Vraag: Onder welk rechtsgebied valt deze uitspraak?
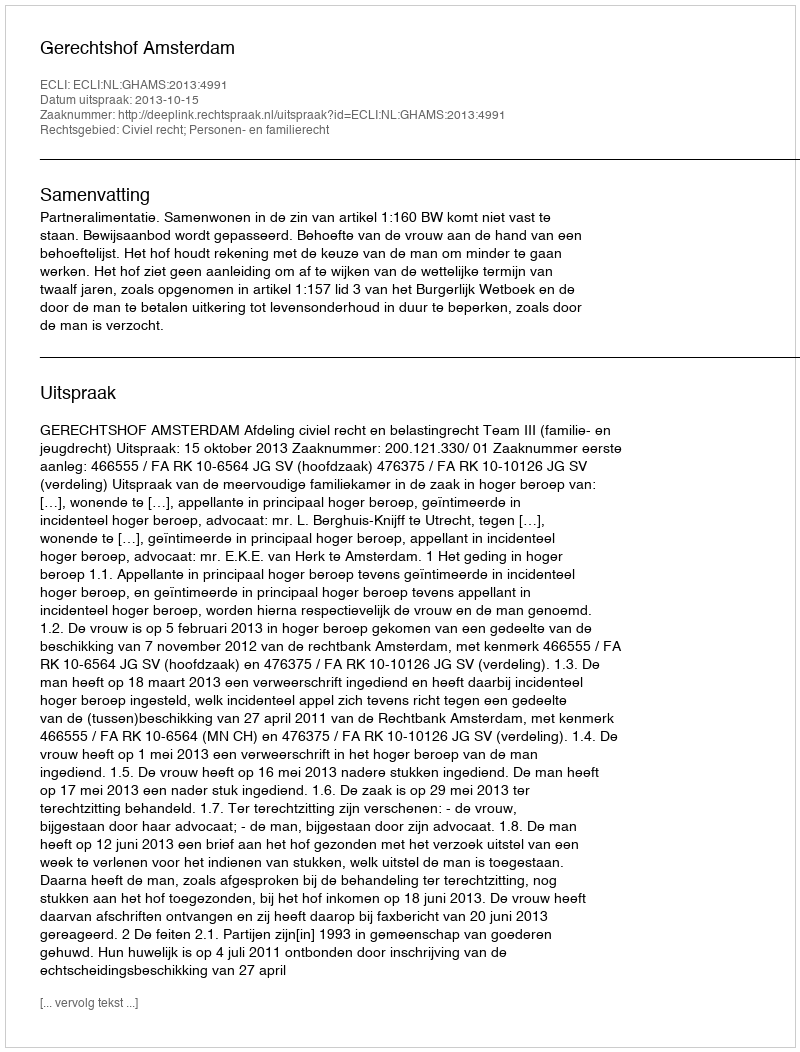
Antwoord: Civiel recht; Personen- en familierecht